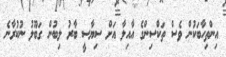
އިންތިހާބަކުން ވެސް ތަކްސިންގެ އާއިލާ އަށް ސިޔާސީ ބާރު ލިބުން ގަބޫލު ނުކުރާނެ